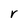
Character: r